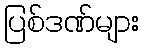
ပြစ်ဒဏ်များ